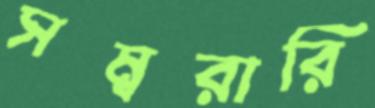
সম্বরারি